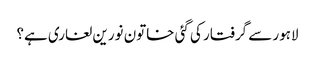
لاہور سے گرفتار کی گئی خاتون نورین لغاری ہے؟